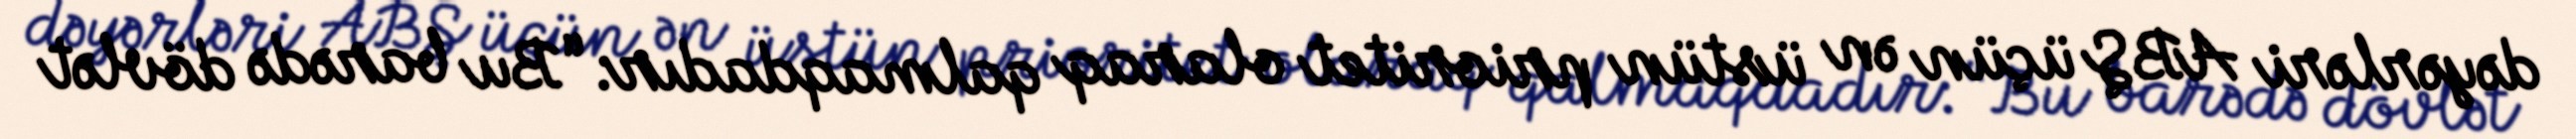
dəyərləri ABŞ üçün ən üstün prioritet olaraq qalmaqdadır: “Bu barədə dövlət